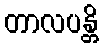
တာလပန္တိ